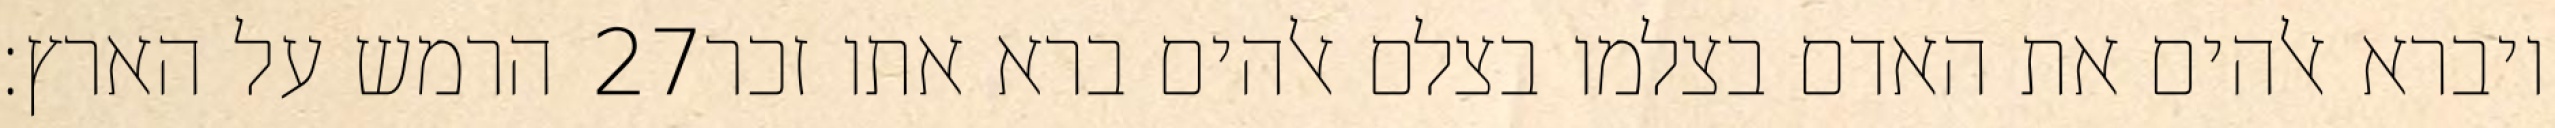
הרמש על הארץ׃ ‎27‏ ויברא אלהים את האדם בצלמו בצלם אלהים ברא אתו זכר